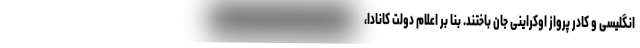
انگلیسی و کادر پرواز اوکراینی جان باختند. بنا بر اعلام دولت کانادا،